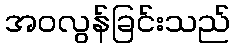
အဝလွန်ခြင်းသည်